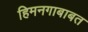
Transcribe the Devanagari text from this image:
हिमनगाबाबत